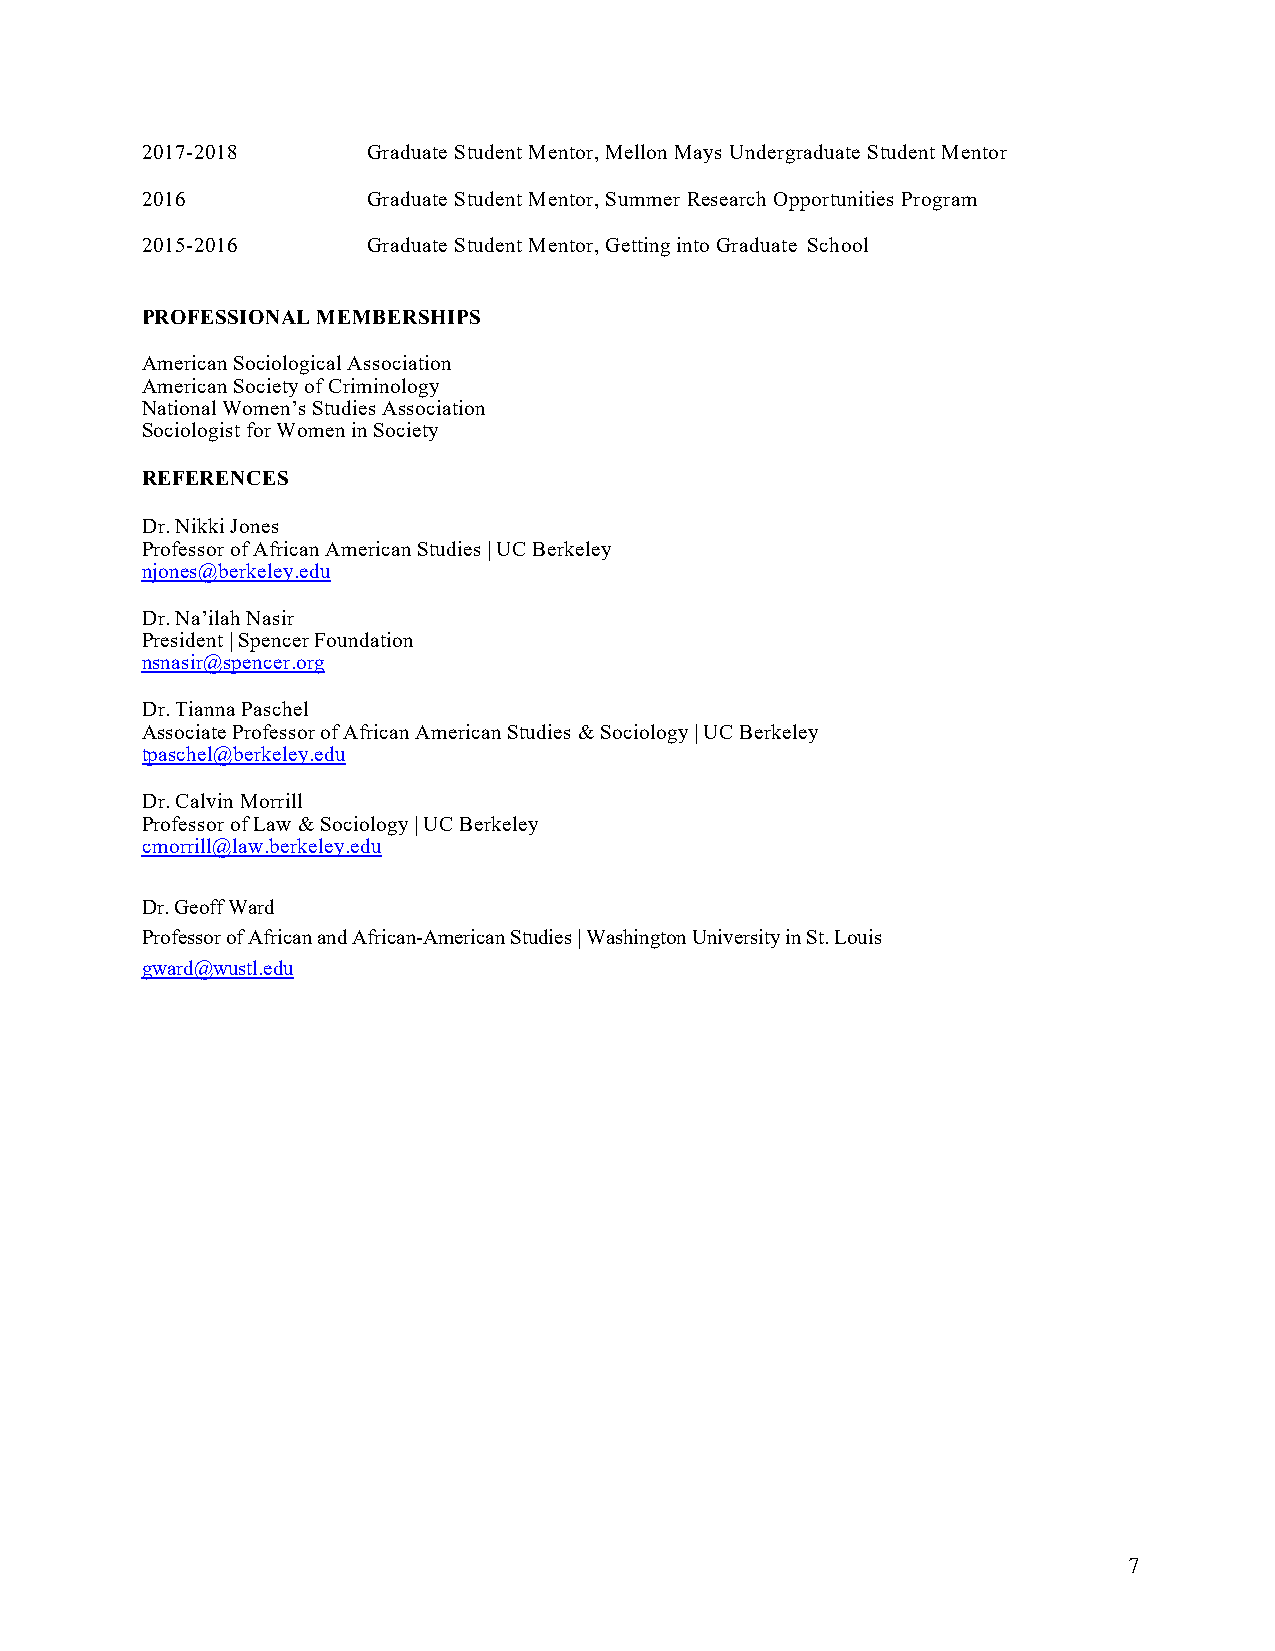
2017-2018      Graduate Student Mentor, Mellon Mays Undergraduate Student Mentor
 2016           Graduate Student Mentor, Summer Research Opportunities Program
 2015-2016      Graduate Student Mentor, Getting into Graduate School
 PROFESSIONAL MEMBERSHIPS
 American Sociological Association
 American Society of Criminology
 National Women’s Studies Association
 Sociologist for Women in Society
 REFERENCES
 Dr. Nikki Jones
 Professor of African American Studies | UC Berkeley
 njones@berkeley.edu
 Dr. Na’ilah Nasir
 President | Spencer Foundation
 nsnasir@spencer.org
 Dr. Tianna Paschel
 Associate Professor of African American Studies & Sociology | UC Berkeley
 tpaschel@berkeley.edu
 Dr. Calvin Morrill
 Professor of Law & Sociology | UC Berkeley
 cmorrill@law.berkeley.edu
 Dr. Geoff Ward
 Professor of African and African-American Studies | Washington University in St. Louis
 gward@wustl.edu
 7